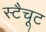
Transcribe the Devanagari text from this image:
स्टैचूट